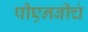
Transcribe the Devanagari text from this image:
पीएनबीचं